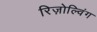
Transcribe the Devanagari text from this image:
रिज़ोल्विंग